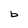
Character: 6